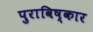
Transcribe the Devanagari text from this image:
पुराविष्कार